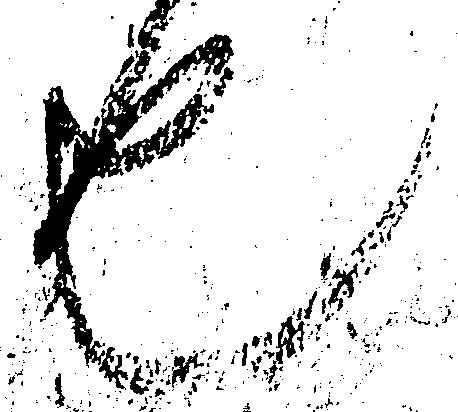
也